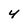
Character: 4